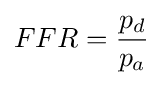
FFR={\frac {p_{d}}{p_{a}}}